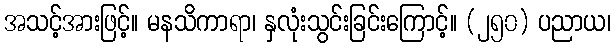
အသင့်အားဖြင့်။ မနသိကာရာ၊ နှလုံးသွင်းခြင်းကြောင့်။ (၂၅၀) ပညာယ၊